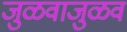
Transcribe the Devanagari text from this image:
जुळवाजुळव